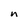
Character: n